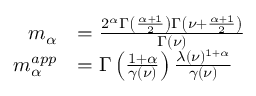
\begin{array} { r l } { m _ { \alpha } } & { = \frac { 2 ^ { \alpha } \Gamma \left( \frac { \alpha + 1 } { 2 } \right) \Gamma \left( \nu + \frac { \alpha + 1 } { 2 } \right) } { \Gamma \left( \nu \right) } } \\ { m _ { \alpha } ^ { a p p } } & { = \Gamma \left( \frac { 1 + \alpha } { \gamma ( \nu ) } \right) \frac { \lambda ( \nu ) ^ { 1 + \alpha } } { \gamma ( \nu ) } } \end{array}